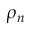
\rho _ { n }